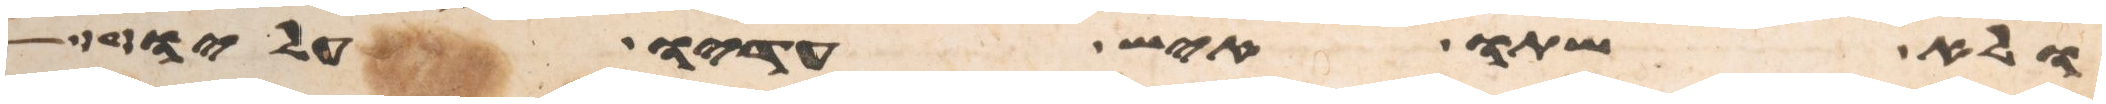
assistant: ולא שתו איש עדיו עליו